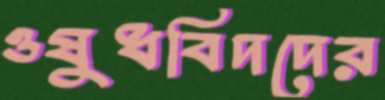
ওষুধবিদদের